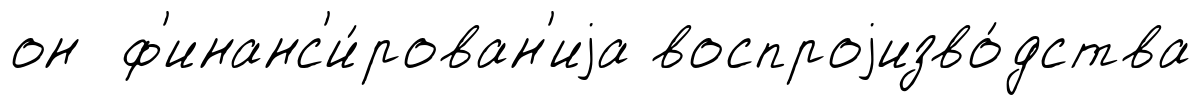
он ф'инанс'и́рован'иjа воспроjизво́дства